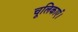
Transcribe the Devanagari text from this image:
चूलिकाएँ।